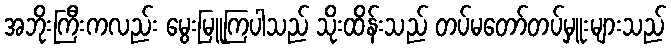
အဘိုးကြီးကလည်း မွေးမြူကြပါသည် သိုးထိန်းသည် တပ်မတော်တပ်မှူးများသည်